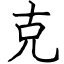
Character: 克